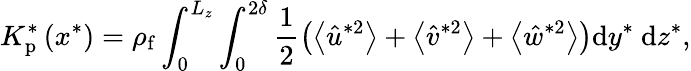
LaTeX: K_{\mathrm{p}}^{*}\left(x^{*}\right)=\rho_{\mathrm{f}}\int_{0}^{L_{z}}\int_{0}^{2\delta}\frac{1}{2}\left(\left\langle\hat{u}^{*2}\right\rangle+\left\langle\hat{v}^{*2}\right\rangle+\left\langle\hat{w}^{*2}\right\rangle\right)\mathrm{d}y^{*}\mathrm{~d}z^{*},